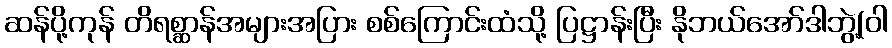
ဆန်ပို့ကုန် တိရစ္ဆာန်အများအပြား စစ်ကြောင်းထံသို့ ပြဋ္ဌာန်းပြီး နိုဘယ်အော်ဒါဘွဲ့(ဝါ